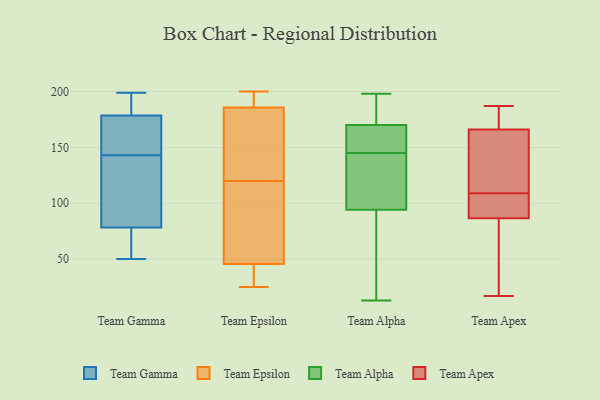
{"axis": {"x": "LTV (USD)", "y": "Value"}, "legend": ["Team Alpha", "Team Apex", "Team Epsilon", "Team Gamma"], "data": [{"x": "", "y": 102, "type": "Team Gamma"}, {"x": "", "y": 67, "type": "Team Gamma"}, {"x": "", "y": 193, "type": "Team Gamma"}, {"x": "", "y": 180, "type": "Team Gamma"}, {"x": "", "y": 138, "type": "Team Gamma"}, {"x": "", "y": 183, "type": "Team Gamma"}, {"x": "", "y": 61, "type": "Team Gamma"}, {"x": "", "y": 123, "type": "Team Gamma"}, {"x": "", "y": 156, "type": "Team Gamma"}, {"x": "", "y": 70, "type": "Team Gamma"}, {"x": "", "y": 174, "type": "Team Gamma"}, {"x": "", "y": 73, "type": "Team Gamma"}, {"x": "", "y": 163, "type": "Team Gamma"}, {"x": "", "y": 50, "type": "Team Gamma"}, {"x": "", "y": 186, "type": "Team Gamma"}, {"x": "", "y": 94, "type": "Team Gamma"}, {"x": "", "y": 143, "type": "Team Gamma"}, {"x": "", "y": 199, "type": "Team Gamma"}, {"x": "", "y": 168, "type": "Team Gamma"}, {"x": "", "y": 187, "type": "Team Epsilon"}, {"x": "", "y": 130, "type": "Team Epsilon"}, {"x": "", "y": 200, "type": "Team Epsilon"}, {"x": "", "y": 95, "type": "Team Epsilon"}, {"x": "", "y": 25, "type": "Team Epsilon"}, {"x": "", "y": 28, "type": "Team Epsilon"}, {"x": "", "y": 42, "type": "Team Epsilon"}, {"x": "", "y": 120, "type": "Team Epsilon"}, {"x": "", "y": 194, "type": "Team Epsilon"}, {"x": "", "y": 56, "type": "Team Epsilon"}, {"x": "", "y": 182, "type": "Team Epsilon"}, {"x": "", "y": 68, "type": "Team Alpha"}, {"x": "", "y": 122, "type": "Team Alpha"}, {"x": "", "y": 135, "type": "Team Alpha"}, {"x": "", "y": 189, "type": "Team Alpha"}, {"x": "", "y": 147, "type": "Team Alpha"}, {"x": "", "y": 85, "type": "Team Alpha"}, {"x": "", "y": 145, "type": "Team Alpha"}, {"x": "", "y": 58, "type": "Team Alpha"}, {"x": "", "y": 13, "type": "Team Alpha"}, {"x": "", "y": 167, "type": "Team Alpha"}, {"x": "", "y": 152, "type": "Team Alpha"}, {"x": "", "y": 198, "type": "Team Alpha"}, {"x": "", "y": 171, "type": "Team Alpha"}, {"x": "", "y": 175, "type": "Team Alpha"}, {"x": "", "y": 122, "type": "Team Alpha"}, {"x": "", "y": 99, "type": "Team Apex"}, {"x": "", "y": 170, "type": "Team Apex"}, {"x": "", "y": 167, "type": "Team Apex"}, {"x": "", "y": 84, "type": "Team Apex"}, {"x": "", "y": 94, "type": "Team Apex"}, {"x": "", "y": 175, "type": "Team Apex"}, {"x": "", "y": 17, "type": "Team Apex"}, {"x": "", "y": 83, "type": "Team Apex"}, {"x": "", "y": 97, "type": "Team Apex"}, {"x": "", "y": 109, "type": "Team Apex"}, {"x": "", "y": 153, "type": "Team Apex"}, {"x": "", "y": 124, "type": "Team Apex"}, {"x": "", "y": 187, "type": "Team Apex"}, {"x": "", "y": 102, "type": "Team Apex"}, {"x": "", "y": 163, "type": "Team Apex"}, {"x": "", "y": 171, "type": "Team Apex"}, {"x": "", "y": 47, "type": "Team Apex"}, {"x": "", "y": 110, "type": "Team Apex"}, {"x": "", "y": 47, "type": "Team Apex"}]}